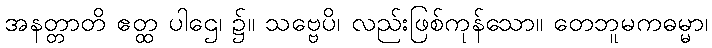
အနတ္တာတိ ဧတ္ထ ပါဌေ၊ ၌။ သဗ္ဗေပိ၊ လည်းဖြစ်ကုန်သော။ တေဘူမကဓမ္မာ၊